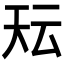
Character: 𭑇